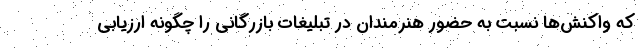
که واکنش‌ها نسبت به حضور هنرمندان در تبلیغات بازرگانی را چگونه ارزیابی